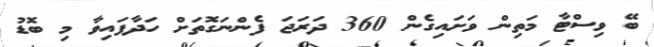
ބޭ ވިސްޓާ މަތިން ވަށައިގެން 360 ދަރަޖަ ފެންނަގޮތަށް ހަދާފައިވާ މި ބޮޑު